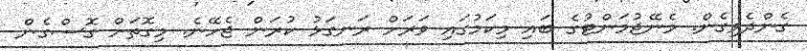
ގެންދެވިގެން. މެނޭޖުމަންޓުގެ ބައި މިކަމުގައި ވަރަށް ރަނގަޅު ކުރަން ޖެހޭނެ. މިގޮތަށް ގޮސްގެން